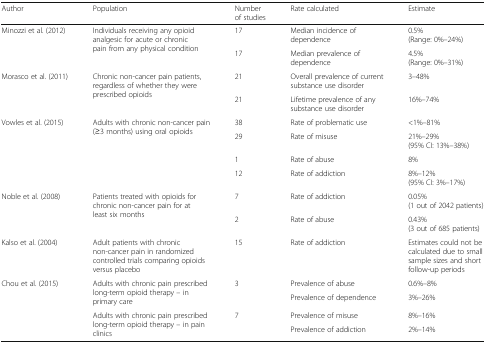
| Author | Population | Number of studies | Rate calculated | Estimate |
 | --- | --- | --- | --- | --- |
 | <ROWSPAN=2> Minozzi et al. (2012) | <ROWSPAN=2> Individuals receiving any opioid analgesic for acute or chronic pain from any physical condition | 17 | Median incidence of dependence | 0.5%(Range: 0%–24%) |
 | 17 | Median prevalence of dependence | 4.5%(Range: 0%–31%) |
 | <ROWSPAN=2> Morasco et al. (2011) | <ROWSPAN=2> Chronic non-cancer pain patients, regardless of whether they were prescribed opioids | 21 | Overall prevalence of current substance use disorder | 3–48% |
 | 21 | Lifetime prevalence of any substance use disorder | 16%–74% |
 | <ROWSPAN=4> Vowles et al. (2015) | <ROWSPAN=4> Adults with chronic non-cancer pain (≥3 months) using oral opioids | 38 | Rate of problematic use | <1%–81% |
 | 29 | Rate of misuse | 21%–29%(95% CI: 13%–38%) |
 | 1 | Rate of abuse | 8% |
 | 12 | Rate of addiction | 8%–12%(95% CI: 3%–17%) |
 | <ROWSPAN=2> Noble et al. (2008) | <ROWSPAN=2> Patients treated with opioids for chronic non-cancer pain for at least six months | 7 | Rate of addiction | 0.05%(1 out of 2042 patients) |
 | 2 | Rate of abuse | 0.43%(3 out of 685 patients) |
 | Kalso et al. (2004) | Adult patients with chronic non-cancer pain in randomized controlled trials comparing opioids versus placebo | 15 | Rate of addiction | Estimates could not be calculated due to small sample sizes and short follow-up periods |
 | <ROWSPAN=4> Chou et al. (2015) | <ROWSPAN=2> Adults with chronic pain prescribed long-term opioid therapy – in primary care | <ROWSPAN=2> 3 | Prevalence of abuse | 0.6%–8% |
 | Prevalence of dependence | 3%–26% |
 | <ROWSPAN=2> Adults with chronic pain prescribed long-term opioid therapy – in pain clinics | <ROWSPAN=2> 7 | Prevalence of misuse | 8%–16% |
 | Prevalence of addiction | 2%–14% |